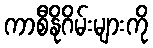
ကာစီနိုဂိမ်းများကို